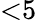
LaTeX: {<}5